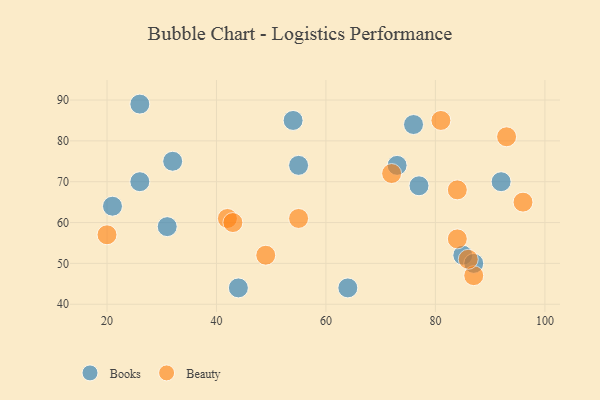
{"axis": {"x": "GDP", "y": "Life Expectancy"}, "legend": ["Beauty", "Books"], "data": [{"x": "26", "y": 70, "type": "Books"}, {"x": "32", "y": 75, "type": "Books"}, {"x": "55", "y": 74, "type": "Books"}, {"x": "85", "y": 52, "type": "Books"}, {"x": "21", "y": 64, "type": "Books"}, {"x": "73", "y": 74, "type": "Books"}, {"x": "64", "y": 44, "type": "Books"}, {"x": "26", "y": 89, "type": "Books"}, {"x": "54", "y": 85, "type": "Books"}, {"x": "77", "y": 69, "type": "Books"}, {"x": "87", "y": 50, "type": "Books"}, {"x": "92", "y": 70, "type": "Books"}, {"x": "31", "y": 59, "type": "Books"}, {"x": "44", "y": 44, "type": "Books"}, {"x": "76", "y": 84, "type": "Books"}, {"x": "87", "y": 47, "type": "Beauty"}, {"x": "81", "y": 85, "type": "Beauty"}, {"x": "84", "y": 68, "type": "Beauty"}, {"x": "20", "y": 57, "type": "Beauty"}, {"x": "49", "y": 52, "type": "Beauty"}, {"x": "86", "y": 51, "type": "Beauty"}, {"x": "96", "y": 65, "type": "Beauty"}, {"x": "93", "y": 81, "type": "Beauty"}, {"x": "84", "y": 56, "type": "Beauty"}, {"x": "42", "y": 61, "type": "Beauty"}, {"x": "72", "y": 72, "type": "Beauty"}, {"x": "55", "y": 61, "type": "Beauty"}, {"x": "43", "y": 60, "type": "Beauty"}]}